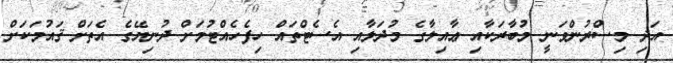
އަދި މިސްރުންވަނީ މުބާރަކާއި ޢާއިލާގެ މުދަލާއި އެސެޓްތައް ހިފެހެއްޓުމަށް ދުނިޔޭގެ އެތަށް ޤައުމަކަށް